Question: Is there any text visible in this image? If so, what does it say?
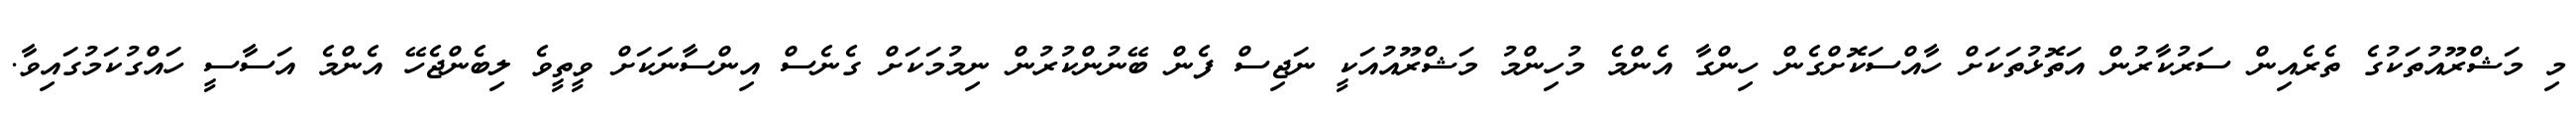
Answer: މި މަޝްރޫއުތަކުގެ ތެރެއިން ސަރުކާރުން އަތޮޅުތަކަށް ހާއްސަކޮށްގެން ހިންގާ އެންމެ މުހިންމު މަޝްރޫއުއަކީ ނަޖިސް ފެން ބޭނުންކުރުން ނިމުމަކަށް ގެނެސް އިންސާނަކަށް ވީތީވެ ލިބެންޖެހޭ އެންމެ އަސާސީ ހައްގުކަމުގައިވާ.